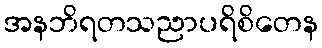
အနဘိရတသညာပရိစိတေန